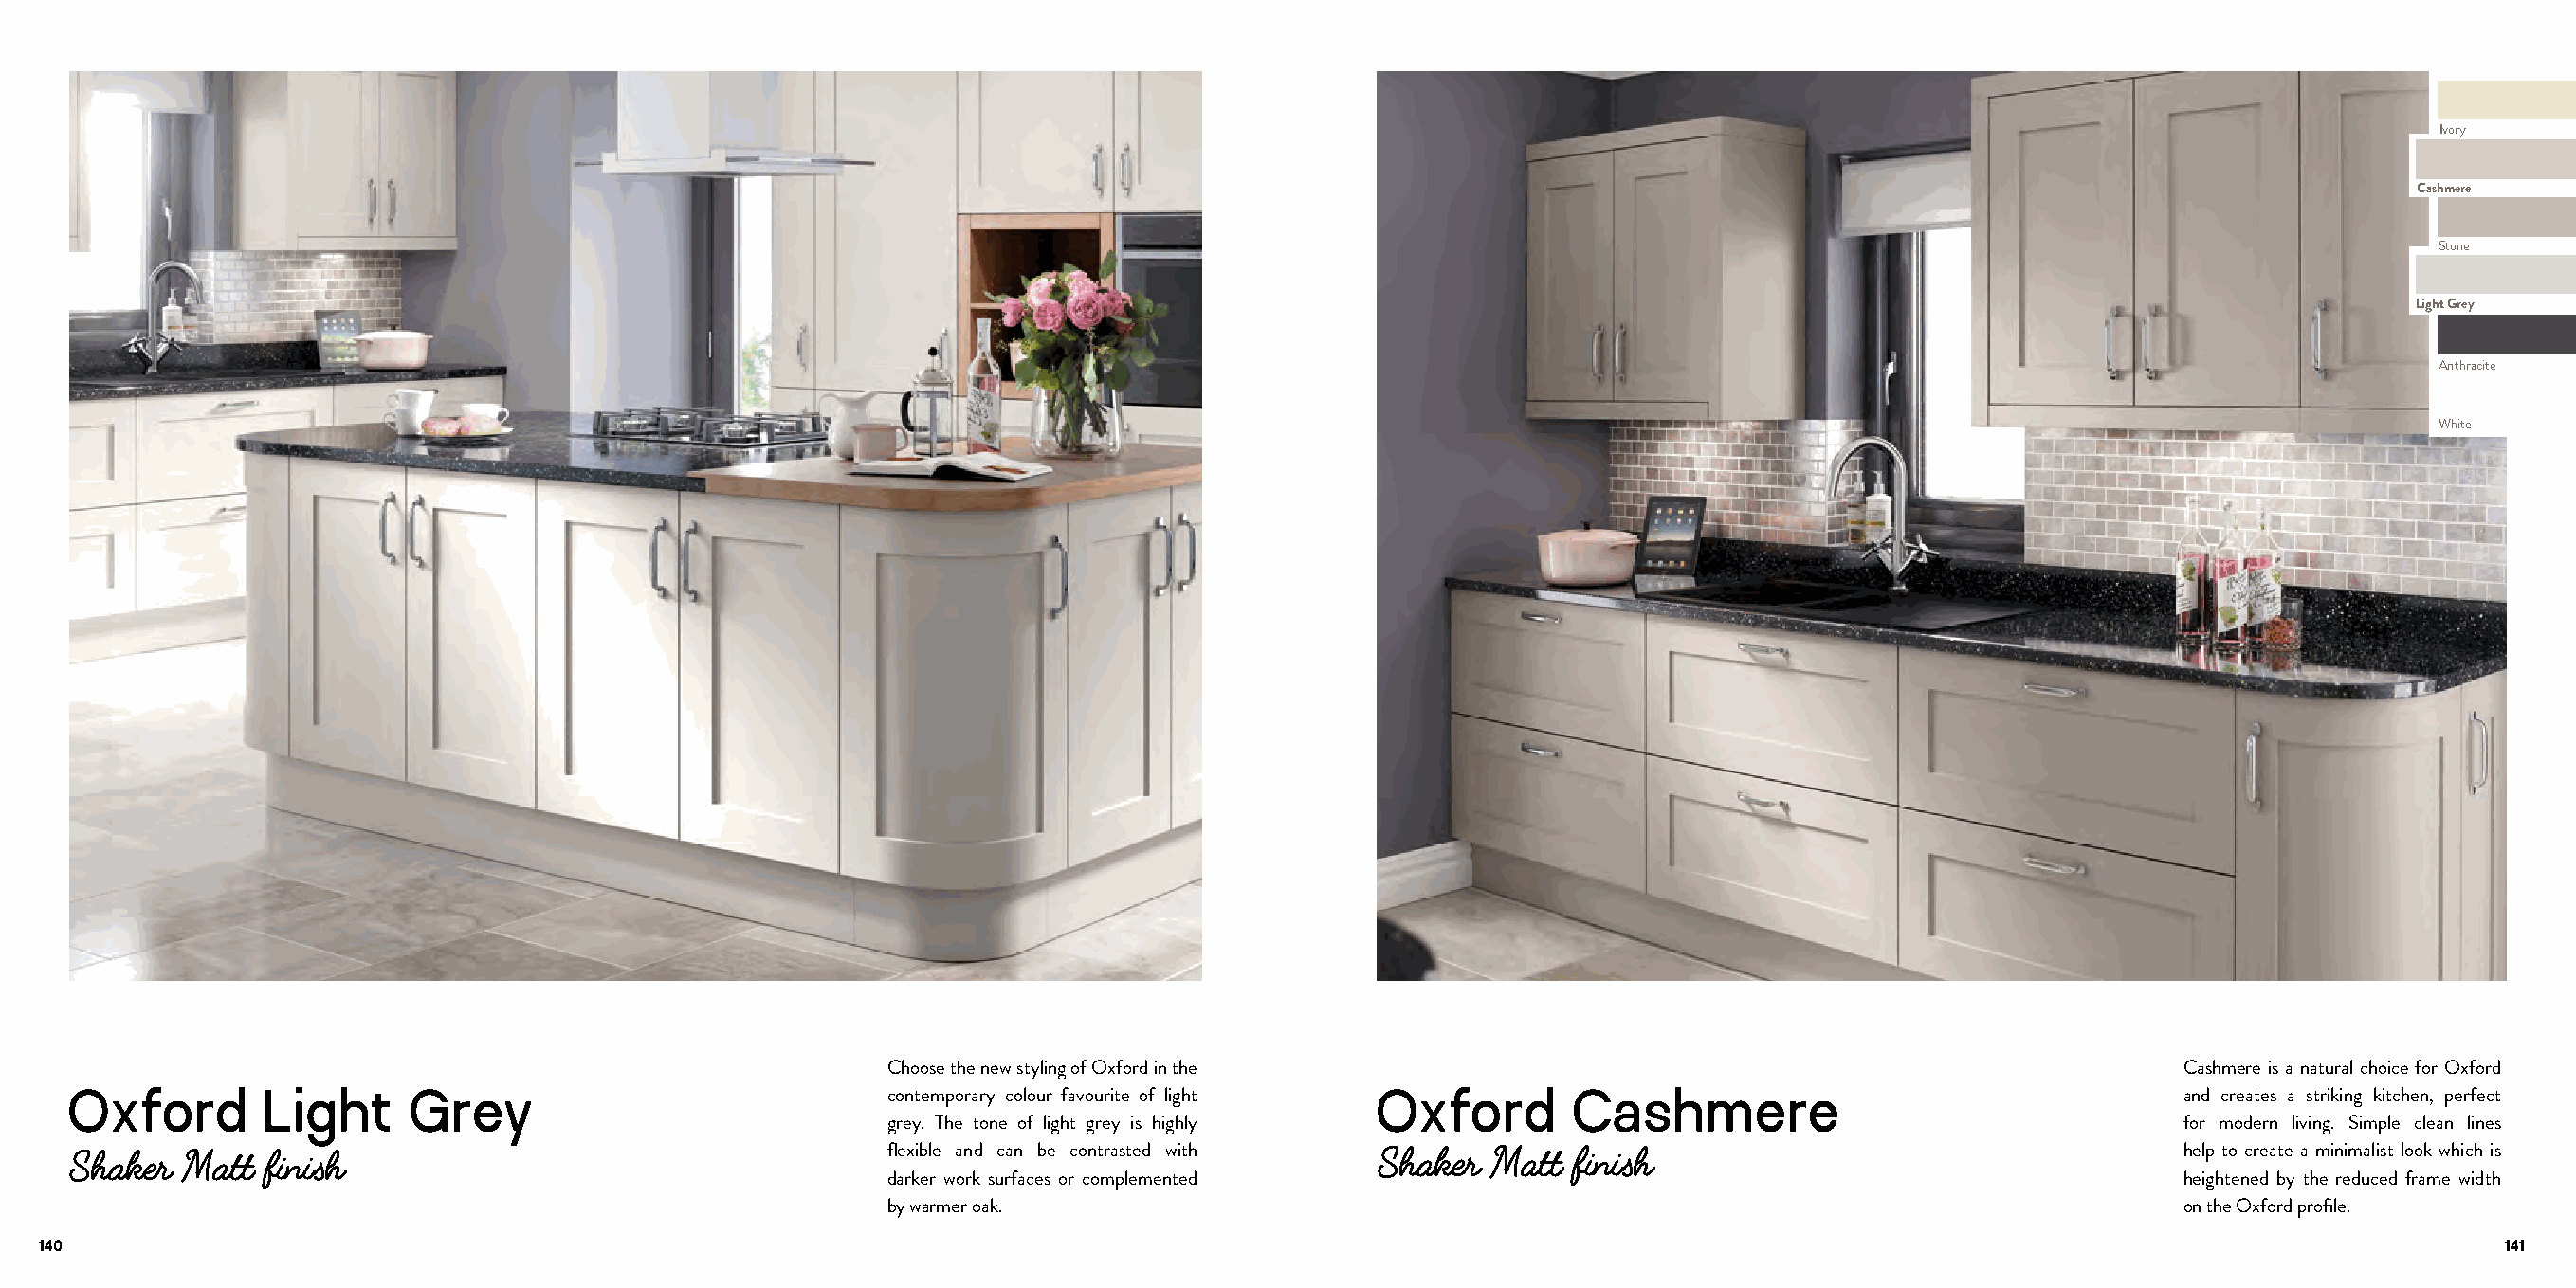
Ivory
 Cashmere
 Stone
 Light Grey
 Anthracite
 White
 Choose the new styling of Oxford in the                                                   Cashmere is a natural choice for Oxford
 Oxford        Light     Grey                             contemporary colour favourite of light Oxford   Cashmere                                  and creates a striking kitchen, perfect
 grey. The tone of light grey is highly                                                    for modern living. Simple clean lines
 Shaker  Matt finish                                      flexible and can be contrasted with Shaker Matt finish                                    help to create a minimalist look which is
 darker work surfaces or complemented                                                      heightened by the reduced frame width
 by warmer oak.                                                                            on the Oxford profile.
 140                                                                                                                                                                         141